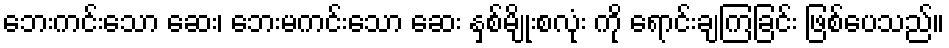
ဘေးကင်းသော ဆေး၊ ဘေးမကင်းသော ဆေး နှစ်မျိုးစလုံး ကို ရောင်းချကြခြင်း ဖြစ်ပေသည်။